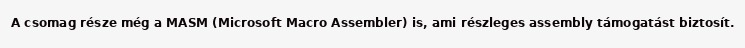
A csomag része még a MASM (Microsoft Macro Assembler) is, ami részleges assembly támogatást biztosít.